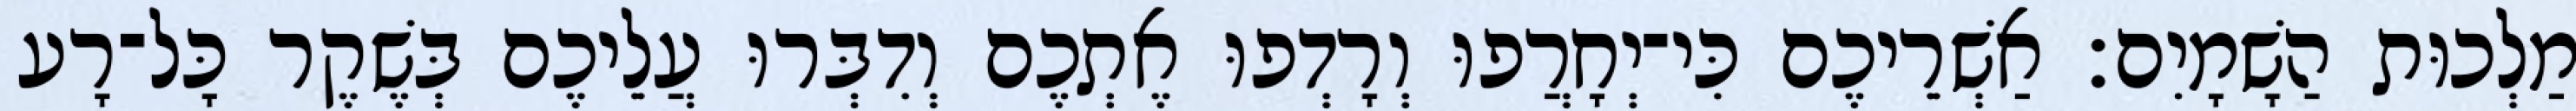
מַלְכוּת הַשָׁמָיִם׃ אַשְׁרֵיכֶם כִּי־יְחָרֲפוּ וְרָדְפוּ אֶתְכֶם וְדִבְּרוּ עֲלֵיכֶם בְּשֶׁקֶר כָּל־רָע